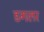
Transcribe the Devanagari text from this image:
डगलर